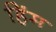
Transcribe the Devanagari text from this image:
हिंम